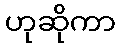
ဟုဆိုကာ